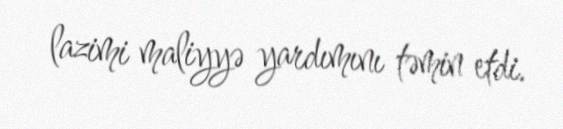
lazimi maliyyə yardımını təmin etdi.